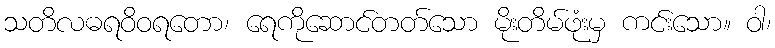
သတိလဓရဝိဝရတော၊ ရေကိုဆောင်တတ်သော မိုးတိမ်ဖုံးမှ ကင်းသော။ ဝါ၊